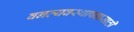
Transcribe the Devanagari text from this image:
वनव्यवस्थापनासाठी